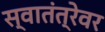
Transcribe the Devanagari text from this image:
स्वातंत्रेवर